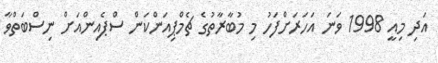
އަދި މިއީ 1998 ވަނަ އަހަރަށްފަހު މި މުބާރާތުގެ ޗެމްޕިއަންކަން ސްޕެއިންއަށް ނިސްބަތްވާ